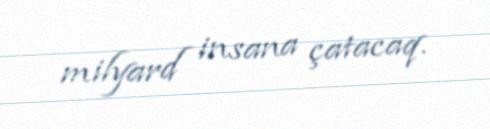
milyard insana çatacaq.